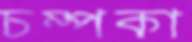
চম্পকা